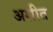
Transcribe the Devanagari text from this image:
अशीत